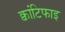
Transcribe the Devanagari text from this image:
क्वांटिफाइ